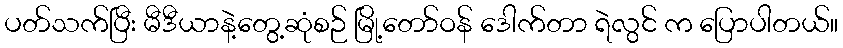
ပတ်သက်ပြီး မီဒီယာနဲ့တွေ့ဆုံစဉ် မြို့တော်ဝန် ဒေါက်တာ ရဲလွင် က ပြောပါတယ်။